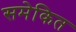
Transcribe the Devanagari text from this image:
समेकित